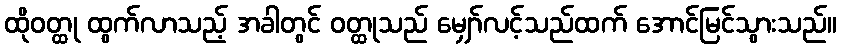
ထိုဝတ္ထု ထွက်လာသည့် အခါတွင် ဝတ္ထုသည် မျှော်လင့်သည်ထက် အောင်မြင်သွားသည်။